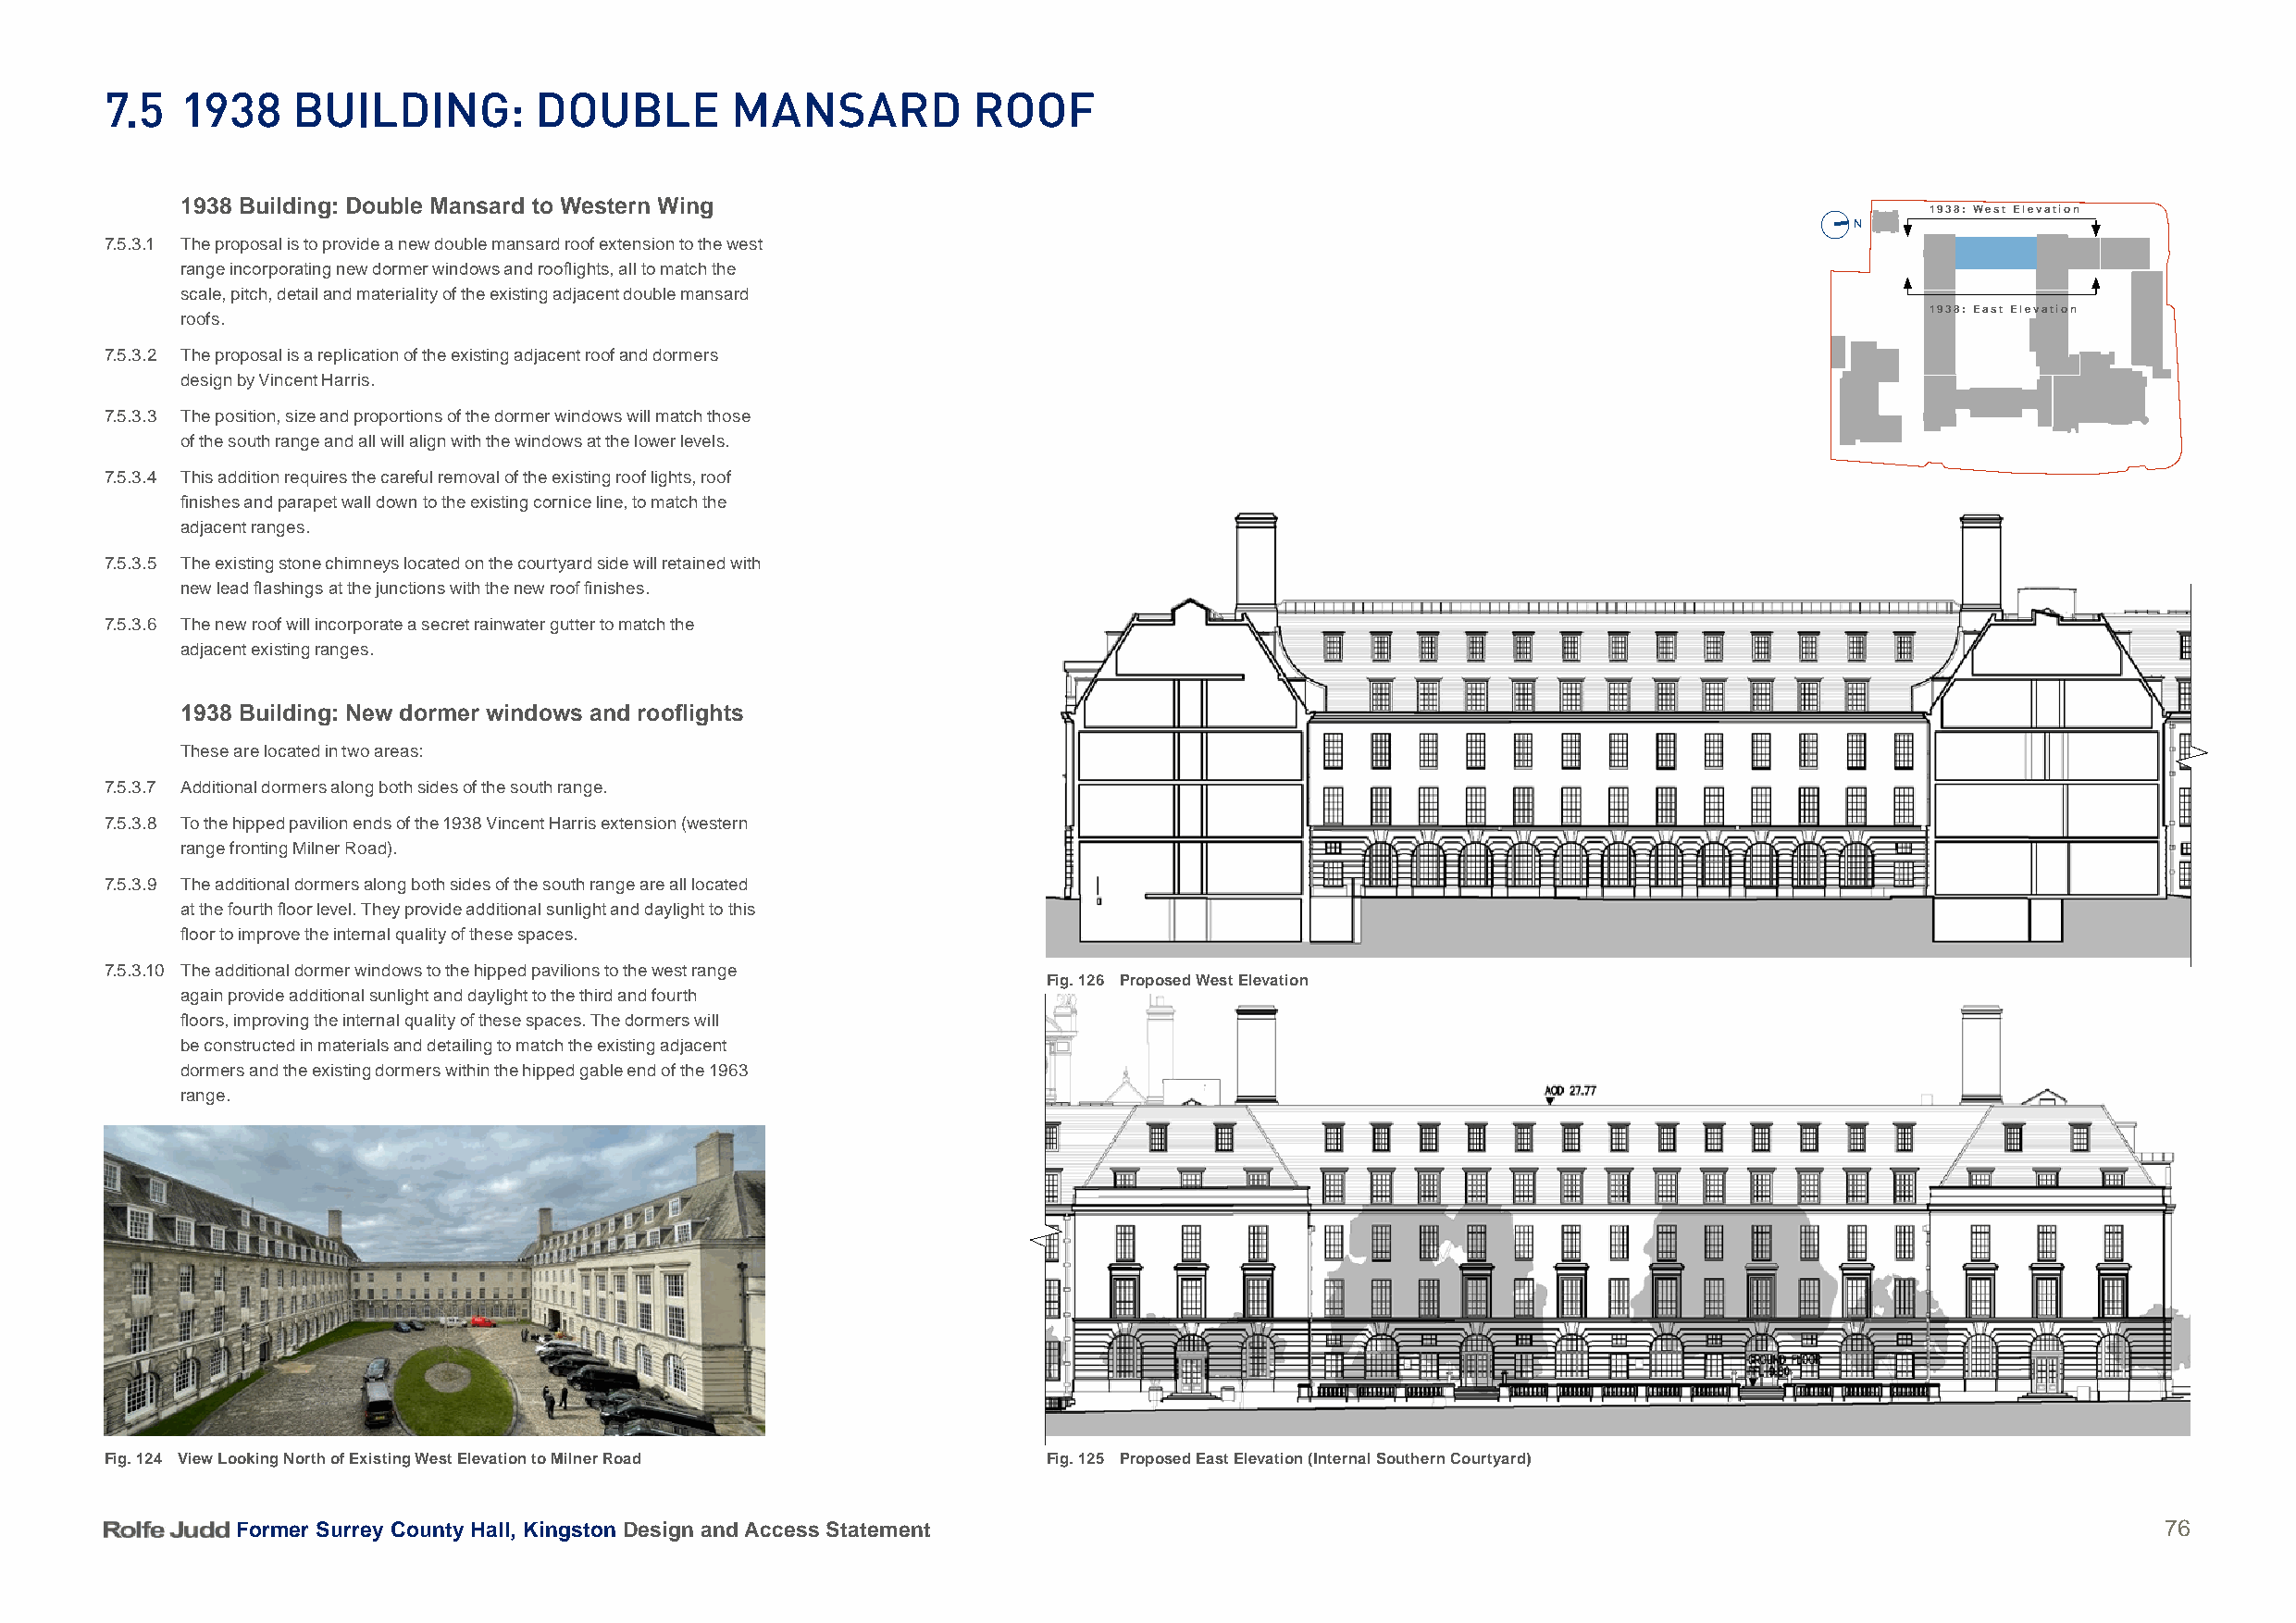
7.5   1938    BuilDing:        DouBle        manSarD           rooF
 1938 Building: Double Mansard to Western Wing
 1938: West Elevation
 N
 7.5.3.1 The proposal is to provide a new double mansard roof extension to the west
 range incorporating new dormer windows and rooflights, all to match the
 scale, pitch, detail and materiality of the existing adjacent double mansard
 1938: East Elevation
 roofs.
 7.5.3.2 The proposal is a replication of the existing adjacent roof and dormers
 design by Vincent Harris.
 7.5.3.3 The position, size and proportions of the dormer windows will match those
 of the south range and all will align with the windows at the lower levels.
 7.5.3.4 This addition requires the careful removal of the existing roof lights, roof
 finishes and parapet wall down to the existing cornice line, to match the
 adjacent ranges.
 7.5.3.5 The existing stone chimneys located on the courtyard side will retained with
 new lead flashings at the junctions with the new roof finishes.
 7.5.3.6 The new roof will incorporate a secret rainwater gutter to match the
 adjacent existing ranges.
 1938 Building: New dormer windows and rooflights
 These are located in two areas:
 7.5.3.7 Additional dormers along both sides of the south range.
 7.5.3.8 To the hipped pavilion ends of the 1938 Vincent Harris extension (western
 range fronting Milner Road).
 7.5.3.9 The additional dormers along both sides of the south range are all located
 at the fourth floor level. They provide additional sunlight and daylight to this
 floor to improve the internal quality of these spaces.
 7.5.3.10 The additional dormer windows to the hipped pavilions to the west range
 Fig. 126 Proposed West Elevation
 again provide additional sunlight and daylight to the third and fourth
 floors, improving the internal quality of these spaces. The dormers will
 be constructed in materials and detailing to match the existing adjacent
 dormers and the existing dormers within the hipped gable end of the 1963
 range.
 Fig. 124 View Looking North of Existing West Elevation to Milner Road Fig. 125 Proposed East Elevation (Internal Southern Courtyard)
 Former Surrey County Hall, Kingston Design and Access Statement                                                                           76